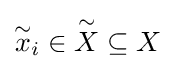
{\overset {\sim }{x}}_{i}\in {\overset {\sim }{X}}\subseteq X